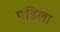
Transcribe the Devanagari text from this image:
पडिला